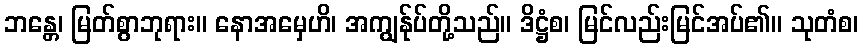
ဘန္တေ၊ မြတ်စွာဘုရား။ နောအမှေဟိ၊ အကျွန်ုပ်တို့သည်။ ဒိဋ္ဌံစ၊ မြင်လည်းမြင်အပ်၏။ သုတံစ၊